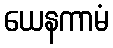
ယေနကာမံ